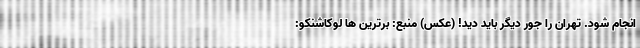
انجام شود. تهران را جور دیگر باید دید! (عکس) منبع: برترین ها لوکاشنکو: